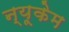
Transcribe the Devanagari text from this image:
न्यूकेम